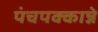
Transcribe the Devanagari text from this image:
पंचपक्कान्ने